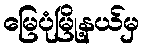
မြေပုံမြို့နယ်မှ